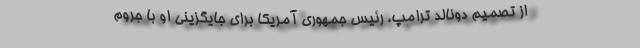
از تصمیم دونالد ترامپ، رئیس جمهوری آمریکا برای جایگزینی او با جروم